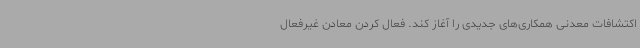
اکتشافات معدنی همکاری‌های جدیدی را آغاز کند. فعال کردن معادن غیرفعال